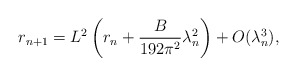
\begin{align*} r_{n+1} = L^2 \left( r_{n} + \frac{B}{192\pi^2}\lambda_{n}^2 \right) + O(\lambda_n^3),\end{align*}